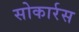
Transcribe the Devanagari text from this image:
सोकार्रस